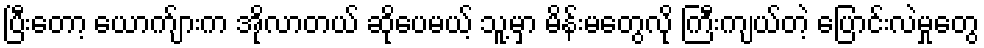
ပြီးတော့ ယောက်ျားက အိုလာတယ် ဆိုပေမယ့် သူ့မှာ မိန်းမတွေလို ကြီးကျယ်တဲ့ ပြောင်းလဲမှုတွေ